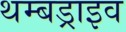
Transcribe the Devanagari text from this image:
थम्बड्राइव